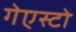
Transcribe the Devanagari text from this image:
गेएस्टो